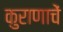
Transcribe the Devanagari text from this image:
कुराणाचें